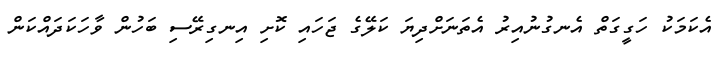
އެކަމަކު ހަގީގަތް އެނގުނުއިރު އެތަނަށްދިޔަ ކަލޭގެ ޖަހައި ކޮށި އިނގިރޭސި ބަހުން ވާހަކަދައްކަން